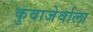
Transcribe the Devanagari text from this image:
कुवाजेर्वाला